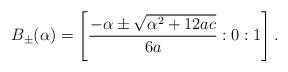
LaTeX: \begin{align*}B_{\pm}(\alpha)=\left[\frac{-\alpha\pm\sqrt{\alpha^2+12ac}}{6a}:0:1\right].\end{align*}